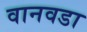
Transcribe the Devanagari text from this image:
वानवडा